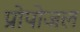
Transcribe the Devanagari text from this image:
प्रोपोजल